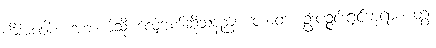
ကိံအဝေါစ၊ အဘယ်သို့ လျှောက်ဆိုသနည်း။ တာတ၊ ဦးပဉ္ဇင်းရှင်ဘုရား။ တွံ၊